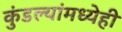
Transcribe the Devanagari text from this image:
कुंडल्यांमध्येही